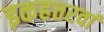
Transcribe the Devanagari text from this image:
इकहत्तरवां